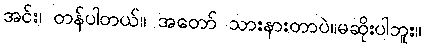
အင်း၊ တန်ပါတယ်။ အတော် သားနားတာပဲ။မဆိုးပါဘူး။